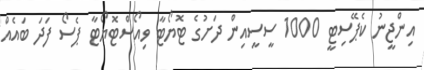
އިންޖީނު ކެޕޭސިޓީ 1000 ސީސީއިން ދަށުގެ ޓޮޔޯޓާ ވިއޯސްޓޮޔޯޓާ ޕެސޯ ފަދަ ބައެއް